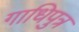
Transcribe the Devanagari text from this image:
गाधिपुत्र